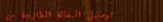
توصيل البقالة الطازجة من